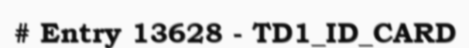
# Entry 13628 - TD1_ID_CARD